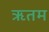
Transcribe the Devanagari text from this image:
ऋतम